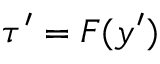
\tau ^ { \prime } = F ( y ^ { \prime } )